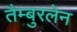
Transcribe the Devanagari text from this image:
तैम्बुरलेन